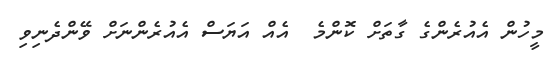
މީހުން އެއުރެންގެ ގާތަށް ކޮންމެ  އެއް އަޔަސް އެއުރެންނަށް ވޭންދެނިވި